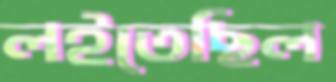
লইতেছিল